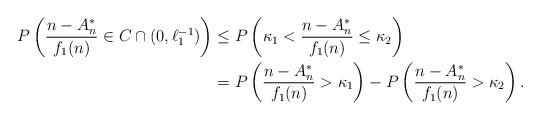
LaTeX: \begin{align*}P\left(\frac{n-A_n^*}{f_1(n)}\in C\cap (0,\ell_1^{-1})\right)&\leq P\left(\kappa_1<\frac{n-A_n^*}{f_1(n)}\leq\kappa_2\right)\\&=P\left(\frac{n-A_n^*}{f_1(n)}>\kappa_1\right)-P\left(\frac{n-A_n^*}{f_1(n)}>\kappa_2\right).\end{align*}